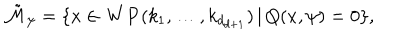
\tilde { { \cal M } } _ { \psi } = \{ x \in { \bf W P } ( k _ { 1 } , \ldots , k _ { d _ { d + 1 } } ) \, | \, Q ( x , \psi ) = 0 \} ,